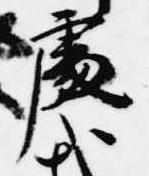
処